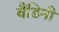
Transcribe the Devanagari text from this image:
बैंडिनी